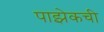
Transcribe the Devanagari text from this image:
पाझेकची